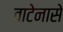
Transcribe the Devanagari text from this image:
वाटेनासे